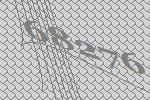
68276